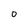
Character: o